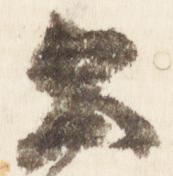
公